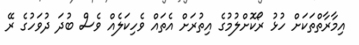
އިމާރާތްތަކަށް ހުޅު ރޯކޮށްލުމުގެ އިތުރަށް އެތައް ވެހިކަލެއް ވެސް ބުދަ ދުވަހުގެ ރޭ